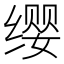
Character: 缨